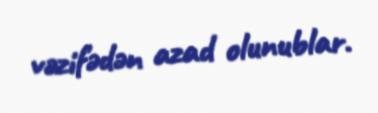
vəzifədən azad olunublar.